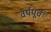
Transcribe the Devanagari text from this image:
वर्षपूर्व